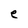
Character: e